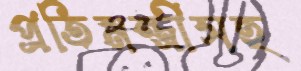
প্রতিমন্ত্রীসহ